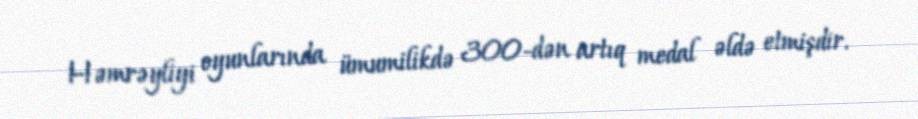
Həmrəyliyi oyunlarında ümumilikdə 300-dən artıq medal əldə etmişdir.